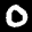
Label: 0